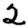
Digit: 2